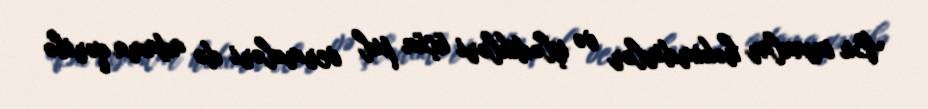
Bu insanlar həkimdirlər və işlədikləri üçün pul vermələri də adama qəribə